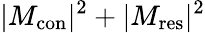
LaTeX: |M_{\mathrm{{con}}}|^{2}+|M_{\mathrm{{res}}}|^{2}